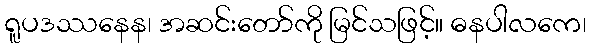
ရူပဒဿနေန၊ အဆင်းတော်ကို မြင်သဖြင့်။ ဓနပါလကေ၊